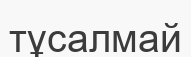
тұсалмай